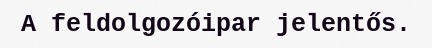
A feldolgozóipar jelentős.